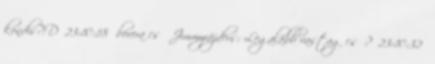
kondis?:D 23:10:18 borera cső Jimmyrájders: Legalább vastag cső? 23:10:32